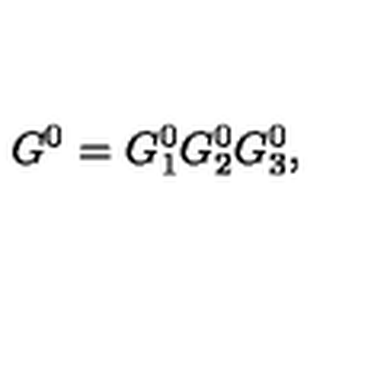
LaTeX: G ^ { 0 } = G _ { 1 } ^ { 0 } G _ { 2 } ^ { 0 } G _ { 3 } ^ { 0 } ,